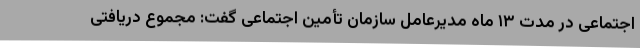
اجتماعی در مدت ۱۳ ماه مدیرعامل سازمان تأمین اجتماعی گفت: مجموع دریافتی